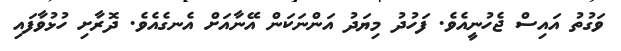
ވަގުތު އައިސް ޖެހުނީއެވެ. ފަހުދު މިޔަދު އަންނަކަން އޭނާއަށް އެނގެއެވެ. ދޮރާށި ހުޅުވާފައި